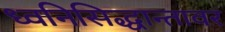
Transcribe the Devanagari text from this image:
ध्वनिसिद्धान्तावर